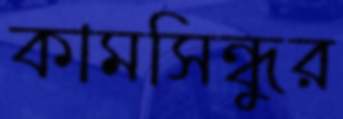
কামসিন্ধুর